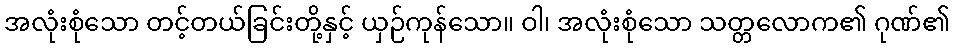
အလုံးစုံသော တင့်တယ်ခြင်းတို့နှင့် ယှဉ်ကုန်သော။ ဝါ၊ အလုံးစုံသော သတ္တလောက၏ ဂုဏ်၏